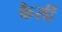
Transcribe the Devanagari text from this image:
कैसीं